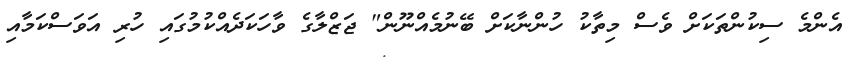
އެންމެ ސިކުންތަކަށް ވެސް މިތާކު ހުންނާކަށް ބޭނުމެއްނޫން" ޖަޒްލާގެ ވާހަކަދެއްކުމުގައި ހުރި އަވަސްކަމާއި